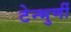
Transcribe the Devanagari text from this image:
टेन्भुर्णी